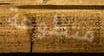
متطوعة